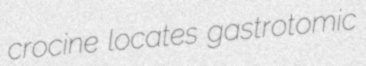
crocine locates gastrotomic